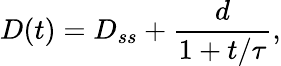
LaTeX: D(t)=D_{ss}+\frac{d}{1+t/\tau},